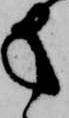
方